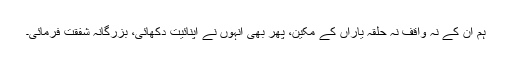
ہم ان کے نہ واقف نہ حلقہ یاراں کے مکین، پھر بھی انہوں نے اپنائیت دکھائی، بزرگانہ شفقت فرمائی۔